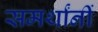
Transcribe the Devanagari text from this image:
समर्थांनीं